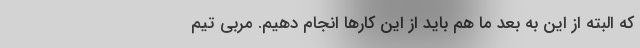
که البته از این به بعد ما هم باید از این کارها انجام دهیم. مربی تیم